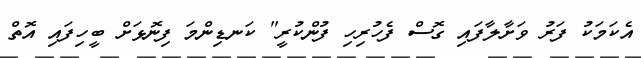
އެކަމަކު ފަރު ވަށާލާފައި ގޮސް ފެހުރިހި ފުންކުރީ" ކަނޑިންމަ ފިނޮޅަށް ބީހިފައި އޮތް